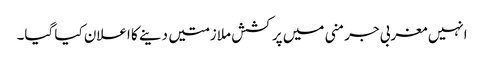
انہیں مغربی جرمنی میں پرکشش ملازمتیں دینے کا اعلان کیا گیا۔